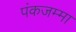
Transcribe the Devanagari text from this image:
पंकजम्मा